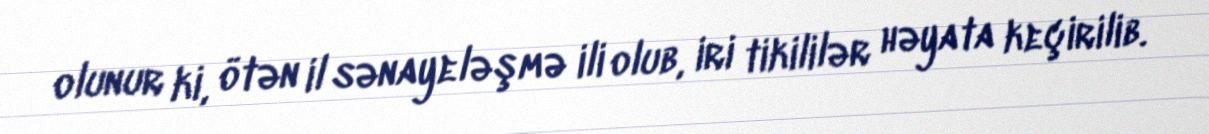
olunur ki, ötən il sənayeləşmə ili olub, iri tikililər həyata keçirilib.